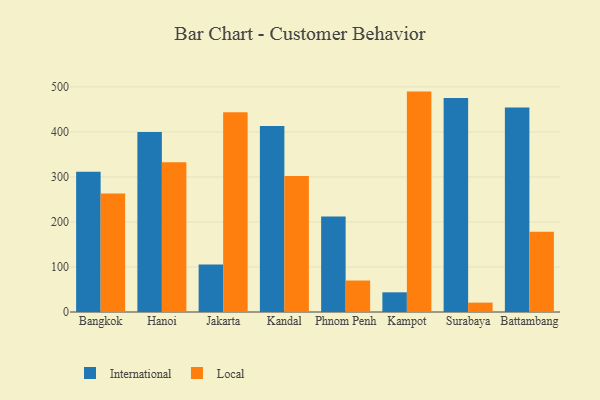
{"axis": {"x": "City", "y": "Bounce Rate (%)"}, "legend": ["International", "Local"], "data": [{"x": "Bangkok", "y": 311.5, "type": "International"}, {"x": "Bangkok", "y": 263.4, "type": "Local"}, {"x": "Hanoi", "y": 399.8, "type": "International"}, {"x": "Hanoi", "y": 332.3, "type": "Local"}, {"x": "Jakarta", "y": 105.3, "type": "International"}, {"x": "Jakarta", "y": 443.3, "type": "Local"}, {"x": "Kandal", "y": 412.8, "type": "International"}, {"x": "Kandal", "y": 301.8, "type": "Local"}, {"x": "Phnom Penh", "y": 212.0, "type": "International"}, {"x": "Phnom Penh", "y": 69.9, "type": "Local"}, {"x": "Kampot", "y": 43.7, "type": "International"}, {"x": "Kampot", "y": 489.4, "type": "Local"}, {"x": "Surabaya", "y": 475.0, "type": "International"}, {"x": "Surabaya", "y": 20.8, "type": "Local"}, {"x": "Battambang", "y": 454.3, "type": "International"}, {"x": "Battambang", "y": 178.0, "type": "Local"}]}